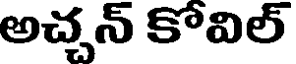
అచ్చన్ కోవిల్